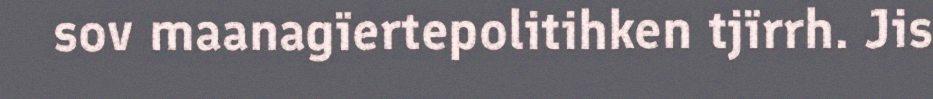
sov maanagïertepolitihken tjïrrh. Jis